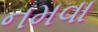
નમવા